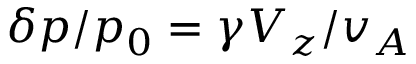
\delta p / p _ { 0 } = \gamma V _ { z } / v _ { A }